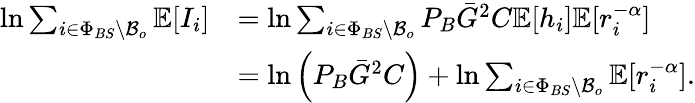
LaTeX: \begin{array}{rl}{\ln\sum_{i\in\Phi_{BS}\backslash\mathcal{B}_{o}}\mathbb{E}[I_{i}]}&{=\ln\sum_{i\in\Phi_{BS}\backslash\mathcal{B}_{o}}P_{B}\bar{G}^{2}C\mathbb{E}[h_{i}]\mathbb{E}[r_{i}^{-\alpha}]}\\ &{=\ln\left(P_{B}\bar{G}^{2}C\right)+\ln\sum_{i\in\Phi_{BS}\backslash\mathcal{B}_{o}}\mathbb{E}[r_{i}^{-\alpha}].}\end{array}